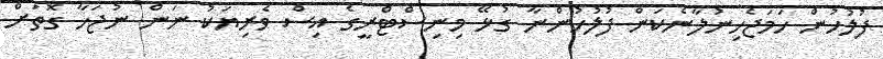
ފުލުހުން ހަމަޖެހިނުލާނެކަން ފުލުހުންނާ ގުޅޭ މިނިސްޓްރީގެ އިސް ވެރިޔަކު ނަން ނުޖަހާ ގޮތަށް